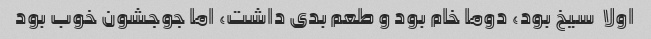
اولا  سیخ بود، دوما خام بود و طعم بدی داشت، اما جوجشون خوب بود